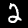
Label: 2